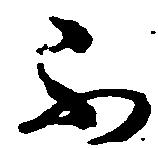
不